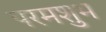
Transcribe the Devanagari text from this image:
परमशुभ